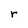
Character: r